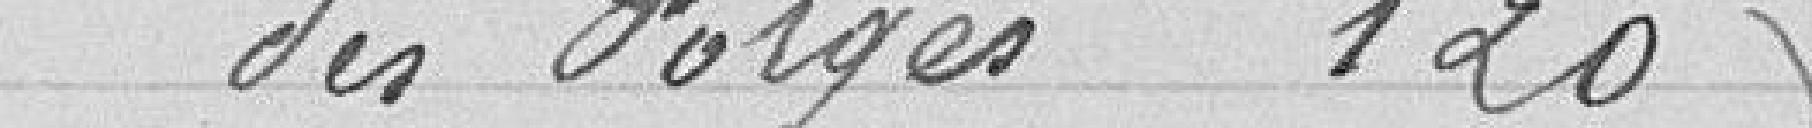
des forges 120